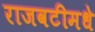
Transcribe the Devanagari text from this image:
राजवटीमधे